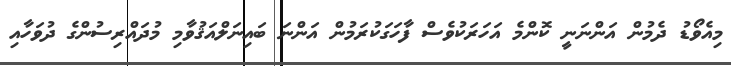
މިއެވޯޑު ދެމުން އަންނަނީ ކޮންމެ އަހަރަކުވެސް ފާހަގަކުރަމުން އަންނަ ބައިނަލްއަޤުވާމި މުދައްރިސުންގެ ދުވަހާއި